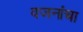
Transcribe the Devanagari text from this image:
वजनांचा